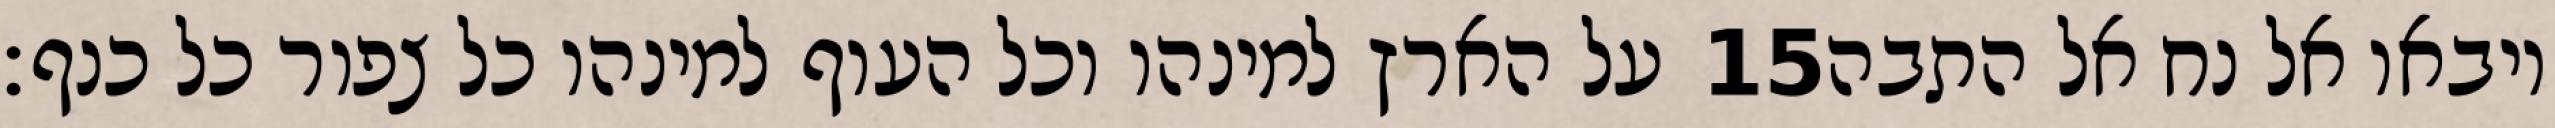
על הארץ למינהו וכל העוף למינהו כל צפור כל כנף׃ ‎15‏ ויבאו אל נח אל התבה